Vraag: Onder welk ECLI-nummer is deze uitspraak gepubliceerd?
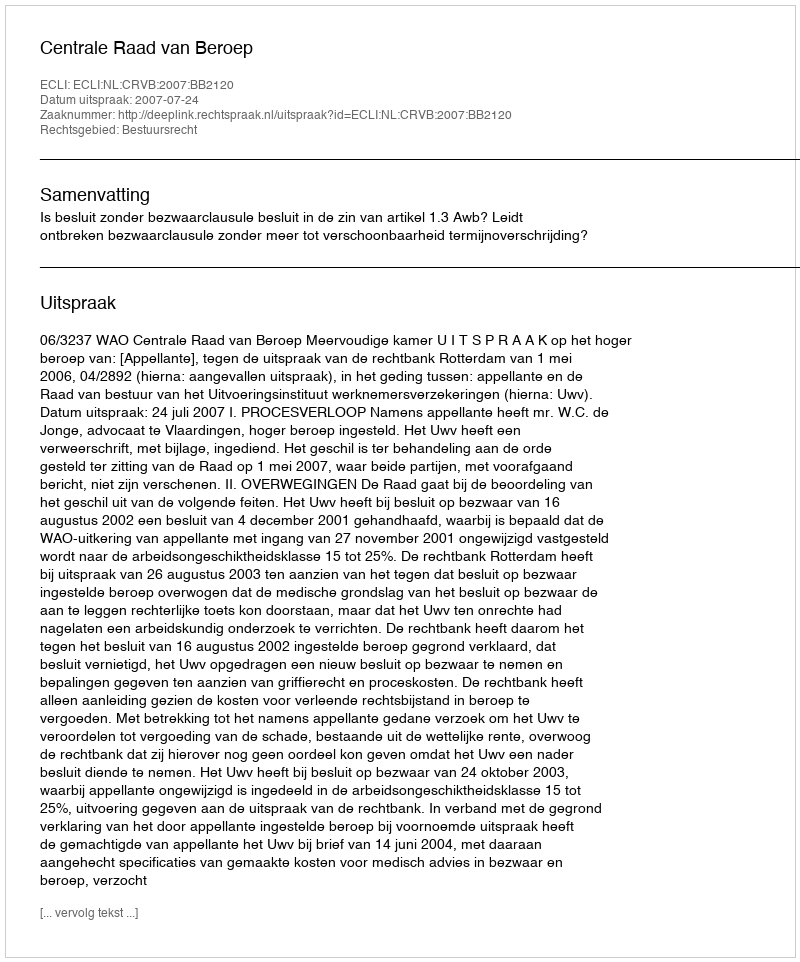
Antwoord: ECLI:NL:CRVB:2007:BB2120